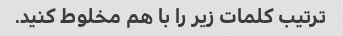
ترتیب کلمات زیر را با هم مخلوط کنید.